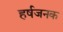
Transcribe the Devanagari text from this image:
हर्षजनक